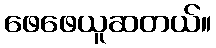
ဖေဖေယူဆတယ်။